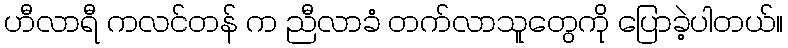
ဟီလာရီ ကလင်တန် က ညီလာခံ တက်လာသူတွေကို ပြောခဲ့ပါတယ်။